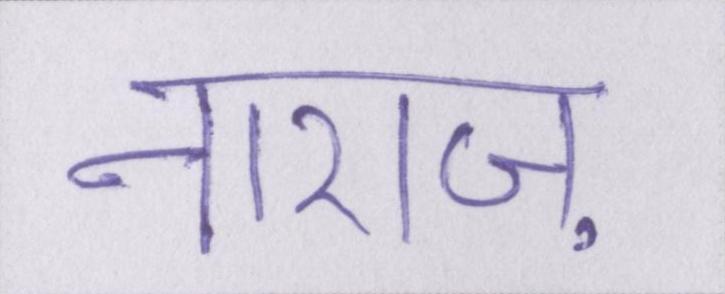
नाराज़